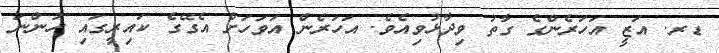
ޑރ. އަޒީ އަހަރެންގެ ގާތު ވިދާޅުވިއެވެ. އަހަރެން އަވަހަށް އެގޭގެ ކައިރީގައި ހުންނަ